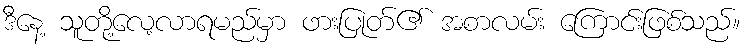
ဒီနေ့ သူတို့လေ့လာရမည်မှာ ဖားပြုတ်၏ အစာလမ်း ကြောင်းဖြစ်သည်။